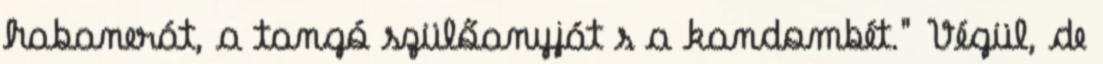
habanerát, a tangó szülőanyját s a kandombét." Végül, de